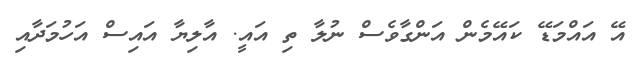
އޭ އައްމަޑޭ ކައޭމެން އަންގާވެސް ނުލާ ތި އައީ. އާލިޔާ އައިސް އަހުމަދާއި